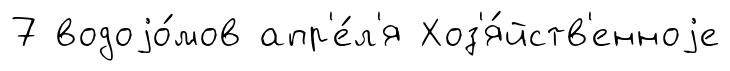
7 водоjо́мов апр'е́л'я Хоз'я́йств'енноjе